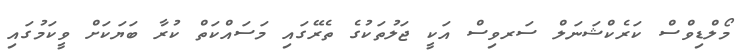
މޯލްޑިވްސް ކަރެކްޝަނަލް ސަރވިސް އަކީ ޖަލުތަކުގެ ތެރޭގައި މަސައްކަތް ކުރާ ބަޔަކަށް ވީކަމުގައި